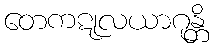
တေကဋုလယာဂုန္တိ